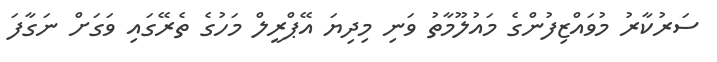
ސަރުކާރު މުވައްޒިފުންގެ މައުލޫމާތު ވަނި މިދިޔަ އޭޕްރީލް މަހުގެ ތެރޭގައި ވަގަށް ނަގާފަ